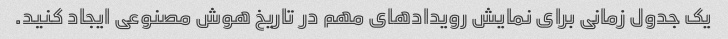
یک جدول زمانی برای نمایش رویدادهای مهم در تاریخ هوش مصنوعی ایجاد کنید.